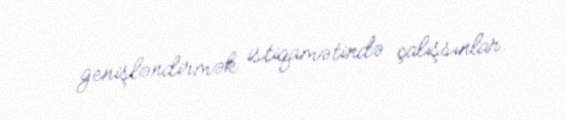
genişləndirmək istiqamətində çalışsınlar.